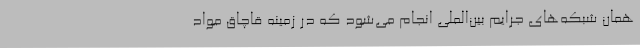
همان شبکه‌های جرایم بین‌الملی انجام می‌شود که در زمینه قاچاق مواد